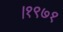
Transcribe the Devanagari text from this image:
।१९७१